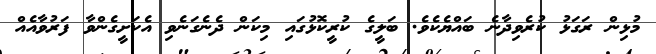
މުޅިން ރަގަޅު ކުރެވިދާނެ ބައްޔެެކެވެ. ބަލީގެ ކުރީކޮޅުގައި މިކަން ދެނެގަނެވި އެކަށީގެންވާ ފަރުވާއެއް